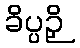
ခိပ္ပဉှိ